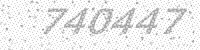
Solution: 740447